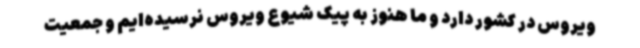
ویروس در کشور دارد و ما هنوز به پیک شیوع ویروس نرسیده‌ایم و جمعیت